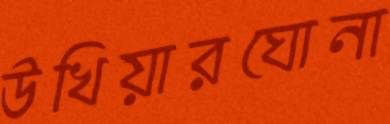
উখিয়ারঘোনা